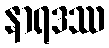
နာရဒဿ